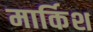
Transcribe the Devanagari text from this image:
मार्किश